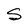
Character: S